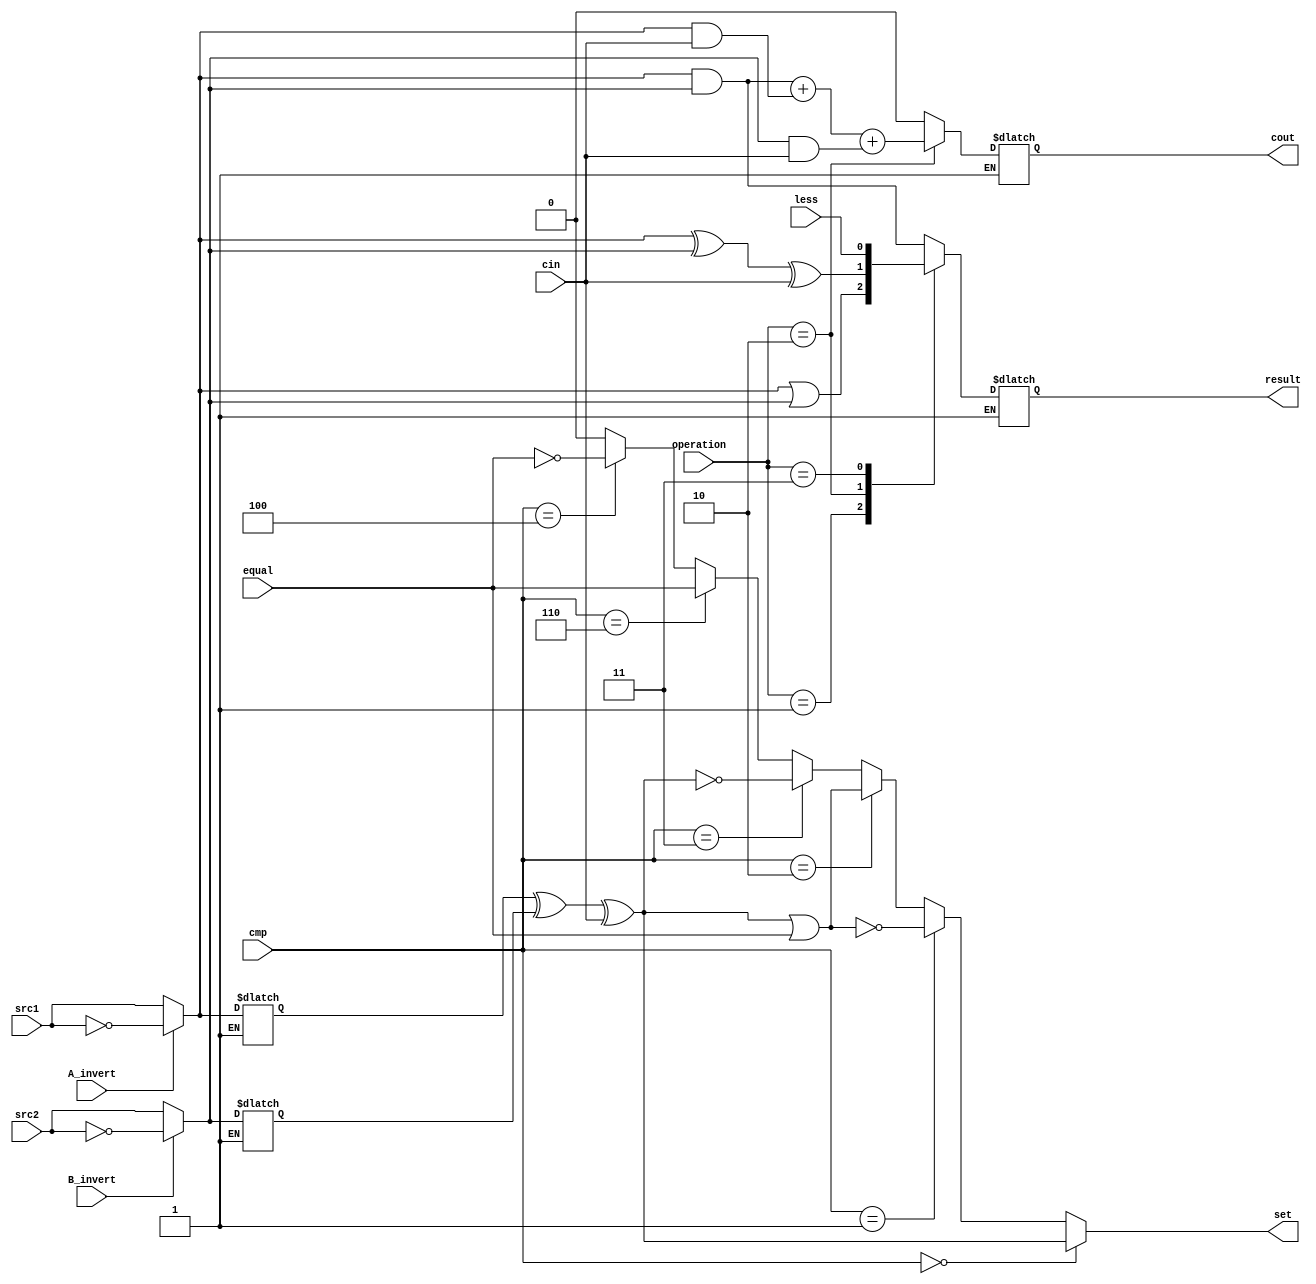
module alu_last(
               src1,       //1 bit source 1 (input)
               src2,       //1 bit source 2 (input)
               less,       //1 bit less     (input)
               A_invert,   //1 bit A_invert (input)
               B_invert,   //1 bit B_invert (input)
               cin,        //1 bit carry in (input)
               operation,  //operation      (input)
               result,     //1 bit result   (output)
               cout,       //1 bit carry out(output)
					set,
					equal,
					cmp	//bonus
               );

input         src1;
input         src2;
input         less;
input         A_invert;
input         B_invert;
input         cin;
input [2-1:0] operation;
input			  equal;
input [2:0]   cmp;


output   reg  result;
output   reg   cout;
output		set;

reg s1, s2;
reg done;
//assign set = s1 ^ s2 ^ cin;//set_basic
//set_bonus
assign	set = (cmp==3'b000) ? (s1 ^ s2 ^ cin) : //set less than <
					(cmp==3'b001) ? ~( (s1 ^ s2 ^ cin) | equal) : //set great than >
					(cmp==3'b010) ? ((s1 ^ s2 ^ cin) | equal) : //set less equal <=
					(cmp==3'b011) ? (~ (s1 ^ s2 ^ cin)) ://set great equal >=
					(cmp==3'b110) ? (equal) ://set equal ==
					(cmp==3'b100) ? (~equal) : 0;//set not equal !=


always@( * )begin

done =0 ;

if(done == 0)begin
	if(A_invert) s1 = ~src1;	else s1 = src1;
	if(B_invert) s2 = ~src2;	else s2 = src2;
	
	case(operation)
		2'b00:begin//And
			result = s1 & s2;
			cout = 0;end
			
		2'b01:begin//Or
			result = s1 | s2;
			cout = 0;end
		
		2'b10:begin//Add
			result = s1 ^ s2 ^ cin;
			cout = (s1&s2) + (s1&cin) + (s2&cin); 
			end
		
		2'b11:begin//less
			result = less;
			cout = 0; //SLT do not have cout!
			//cout = (s1&s2) + (s1&cin) + (s2&cin); 
			end
	endcase
	
	done = 1;
	
	end
else begin
	result = result;
	cout = cout;
end
	
end

endmodule